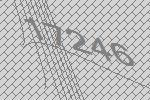
17246